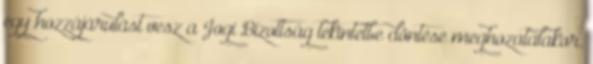
egy hozzájárulást vesz a Jogi Bizottság tekintetbe döntése meghozatalakor.